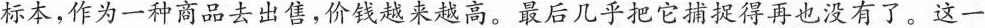
标本，作为一种商品去出售，价钱越来越高。最后几乎把它捕捉得再也没有了。这一